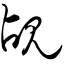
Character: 觇